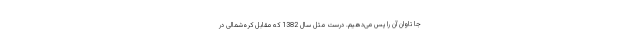
جا تاوان آن را پس می‌دهیم. درست مثل سال 1382 که مقابل کره‌شمالی در